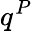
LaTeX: q^{P}